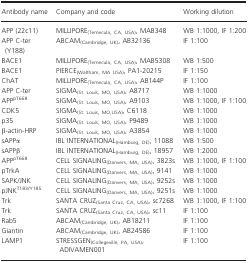
<table><thead><tr><td><b>Antibody name</b></td><td><b>Company and code</b></td><td><b>Working dilution</b></td></tr></thead><tbody><tr><td>APP (22c11)</td><td>MILLIPORE<sub>(Temecula, CA, USA)</sub>, MAB348</td><td>WB 1:1000, IF 1:200</td></tr><tr><td>APP C‐ter (Y188)</td><td>ABCAM<sub>(Cambridge, UK)</sub>, AB32136</td><td>IF 1:100</td></tr><tr><td>BACE1</td><td>MILLIPORE<sub>(Temecula, CA, USA)</sub>, MAB5308</td><td>WB 1:500</td></tr><tr><td>BACE1</td><td>PIERCE<sub>(Waltham, MA USA)</sub>, PA1‐20215</td><td>IF 1:150</td></tr><tr><td>ChAT</td><td>MILLIPORE<sub>(Temecula, CA, USA)</sub>, AB144P</td><td>IF 1:100</td></tr><tr><td>APP C‐ter</td><td>SIGMA<sub>(St. Louis, MO, USA)</sub>, A8717</td><td>WB 1:1000</td></tr><tr><td>APP<sup>pT668</sup></td><td>SIGMA<sub>(St. Louis, MO, USA)</sub>, A9103</td><td>WB 1:1000, IF 1:100</td></tr><tr><td>CDK5</td><td>SIGMA<sub>(St. Louis, MO,USA)</sub>, C6118</td><td>WB 1:1000</td></tr><tr><td>p35</td><td>SIGMA<sub>(St. Louis, MO, USA)</sub>, P9489</td><td>WB 1:1000</td></tr><tr><td>β‐actin‐HRP</td><td>SIGMA<sub>(St. Louis, MO, USA)</sub>, A3854</td><td>WB 1:1000</td></tr><tr><td>sAPPα</td><td>IBL INTERNATIONAL<sub>(Hamburg, DE)</sub>, 11088</td><td>WB 1:500</td></tr><tr><td>sAPPβ</td><td>IBL INTERNATIONAL<sub>(Hamburg, DE)</sub>, 18957</td><td>WB 1:2000</td></tr><tr><td>APP<sup>pT668</sup></td><td>CELL SIGNALING<sub>(Danvers, MA, USA)</sub>, 3823s</td><td>WB 1:1000, IF 1:100</td></tr><tr><td>pTrkA</td><td>CELL SIGNALING<sub>(Danvers, MA, USA)</sub>, 9141</td><td>WB 1:1000</td></tr><tr><td>SAPK/JNK</td><td>CELL SIGNALING<sub>(Danvers, MA, USA)</sub>, 9252s</td><td>WB 1:1000</td></tr><tr><td>pJNK<sup>T183/Y185</sup></td><td>CELL SIGNALING<sub>(Danvers, MA, USA)</sub>, 9251s</td><td>WB 1:1000</td></tr><tr><td>Trk</td><td>SANTA CRUZ<sub>(Santa Cruz, CA, USA)</sub>, sc7268</td><td>WB 1:1000, IF 1:100</td></tr><tr><td>Trk</td><td>SANTA CRUZ<sub>(Santa Cruz, CA, USA)</sub>, sc11</td><td>IF 1:100</td></tr><tr><td>Rab5</td><td>ABCAM<sub>(Cambridge, UK)</sub>, AB18211</td><td>IF 1:100</td></tr><tr><td>Giantin</td><td>ABCAM<sub>(Cambridge, UK)</sub>, AB24586</td><td>IF 1:100</td></tr><tr><td>LAMP1</td><td>STRESSGEN<sub>(Collegeville, PA, USA)</sub>, ADIVAMEN001</td><td>IF 1:100</td></tr></tbody></table>